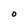
Character: 0